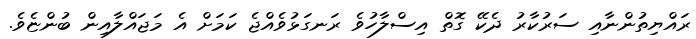
ރައްޔިތުންނާއި ސަރުކާރު ދެކޭ ގޮތް އިސްލާހުވެ ރަނގަޅުވެއްޖެ ކަމަށް އެ މަޖައްލާއިން ބުންޏެވެ.